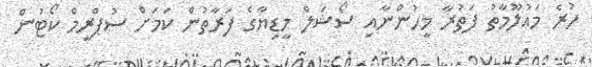
ހުރެ މައުލޫމާތު ފަތުރާ މީހުންނާއި ސޯޝަލް މީޑިޔާގެ ފަރާތުން ކަމަށް ސުޕްރީމް ކޯޓުން